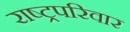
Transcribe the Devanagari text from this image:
राष्ट्रपरिवार